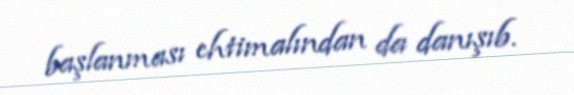
başlanması ehtimalından da danışıb.